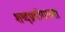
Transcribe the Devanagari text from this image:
शब्दप्रयोगाच्या